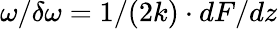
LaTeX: \omega/\delta\omega=1/(2k)\cdot dF/dz